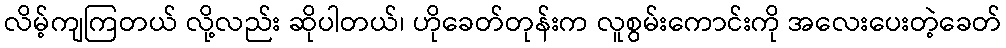
လိမ့်ကျကြတယ် လို့လည်း ဆိုပါတယ်၊ ဟိုခေတ်တုန်းက လူစွမ်းကောင်းကို အလေးပေးတဲ့ခေတ်